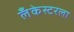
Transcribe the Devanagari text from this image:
लँकेस्टरला